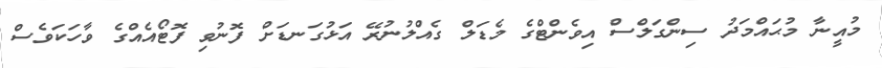
މުއީނާ މުޙައްމަދު ސިންގަލްސް އިވެންޓްގެ މެޑަލް ގެއްލުނުރޭ އަޅުގަނޑަށް ފޮނުވި ފޮޓޯއެއްގެ ވާހަކަވެސް